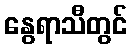
နွေရာသီတွင်